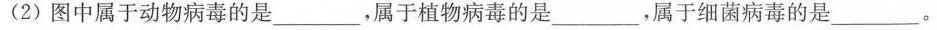
(2)图中属于动物病毒的是______，属于植物病毒的是______，属于细菌病毒的是________。